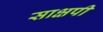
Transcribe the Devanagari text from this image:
साक्षपी